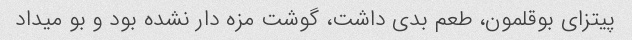
پیتزای بوقلمون، طعم بدی داشت، گوشت مزه دار نشده بود و بو میداد